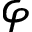
\varphi